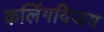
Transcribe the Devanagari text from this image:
कलिंगविजय